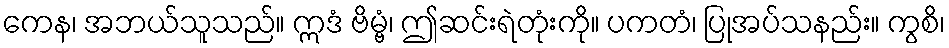
ကေန၊ အဘယ်သူသည်။ ဣဒံ ဗိမ္ဗံ၊ ဤဆင်းရဲတုံးကို။ ပကတံ၊ ပြုအပ်သနည်း။ ကွစိ၊